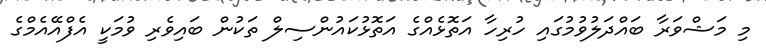
މި މަޝްވަރާ ބައްދަލުވުމުގައި ހުރިހާ އަތޮޅެއްގެ އަތޮޅުކައުންސިލް ތަކުން ބައިވެރި ވުމަކީ އެފްއޭއެމްގެ